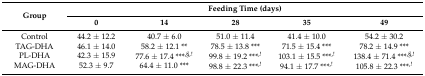
<table><thead><tr><td rowspan="2"><b>Group</b></td><td colspan="5"><b>Feeding Time (days)</b></td></tr><tr><td><b>0</b></td><td><b>14</b></td><td><b>28</b></td><td><b>35</b></td><td><b>49</b></td></tr></thead><tbody><tr><td>Control</td><td>44.2 ± 12.2</td><td>40.7 ± 6.0</td><td>51.0 ± 11.4</td><td>41.4 ± 10.0</td><td>54.2 ± 30.2</td></tr><tr><td>TAG-DHA</td><td>46.1 ± 14.0</td><td>58.2 ± 12.1 **</td><td>78.5 ± 13.8 ***</td><td>71.5 ± 15.4 ***</td><td>78.2 ± 14.9 ***</td></tr><tr><td>PL-DHA</td><td>42.3 ± 15.9</td><td>77.6 ± 17.4 ***<sup>,§,!</sup></td><td>99.8 ± 19.2 ***<sup>,!</sup></td><td>103.1 ± 15.5 ***<sup>,!</sup></td><td>138.4 ± 71.4 ***<sup>,§,!</sup></td></tr><tr><td>MAG-DHA</td><td>52.3 ± 9.7</td><td>64.4 ± 11.0 ***</td><td>98.8 ± 22.3 ***<sup>,!</sup></td><td>94.1 ± 17.7 ***<sup>,!</sup></td><td>105.8 ± 22.3 ***<sup>,!</sup></td></tr></tbody></table>